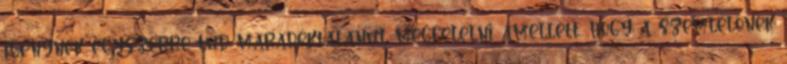
igénynek egyszerre tud maradéktalanul megfelelni amellett, hogy a szemlélõnek